Vaccination North-Western Provinces 1866-1877 - 1866-1877
Year: 1866
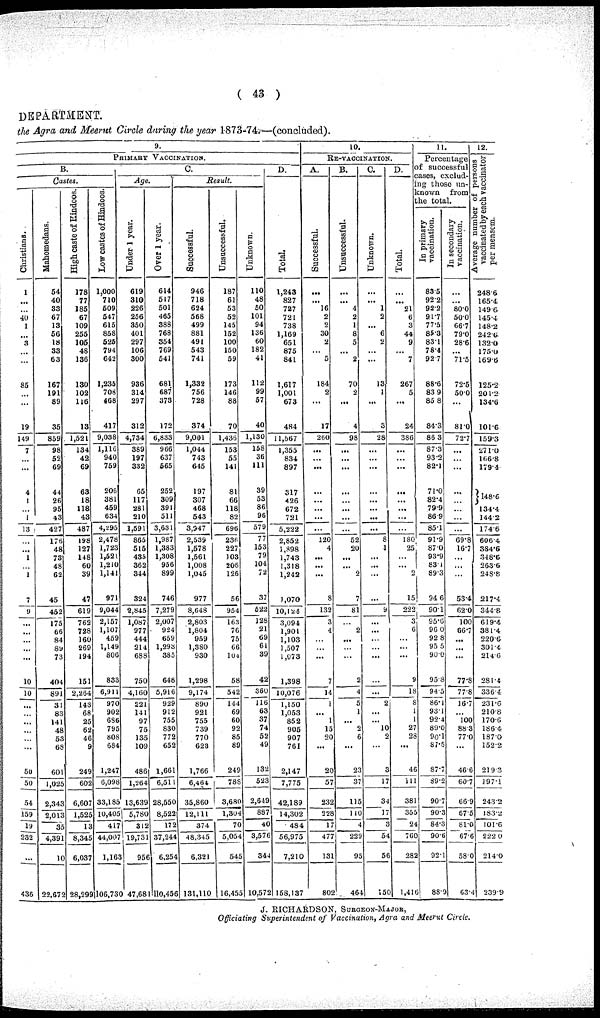
( 43 )
DEPARTMENT:
the Agra and Meerut Circle during the year 1873-74.—(concluded).
9.
PRIMARY VACCINATION.
B.
Castes.
Christians.
1
...
...
40
1
...
3
...
...
85
...
...
19
149
7
...
...
4
1
...
1
13
...
...
1
...
1
7
9
...
...
...
...
...
10
10
...
...
...
...
...
...
50
50
54
159
19
232
...
436
Mahomedans.
54
40
33
67
13
56
18
33
63
167
191
89
35
859
98
52
69
44
26
95
43
427
176
48
73
48
62
45
452
175
66
84
89
73
404
891
31
83
141
48
53
68
601
1,025
2,343
2,013
35
4,391
10
22,672
High caste of Hindoos.
178
77
185
67
109
255
105
48
136
130
102
116
13
1,521
134
42
69
68
18
118
43
487
198
127
148
60
39
47
619
762
728
160
269
194
151
2,264
143
68
25
62
46
9
249
602
6,607
1,525
13
8,345
6,037
28,299
Low castes of Hindoos.
1,000
710
509
547
615
858
525
794
642
1,235
708
468
417
9,038
1,116
940
759
206
381
459
634
4,295
2,478
1,723
1,521
1,210
1,141
971
9,044
2,157
1,107
459
1,149
806
833
6,911
970
902
686
795
808
684
1,247
6,098
33,185
10,405
417
44,007
1,163
106,730
C.
Age.
Under 1 year.
619
310
226
256
350
401
297
106
300
936
314
297
312
4,734
389
197
332
65
117
281
210
1,591
865
515
435
362
344
324
2,845
1,087
977
444
214
688
750
4,160
221
141
97
75
135
109
486
1,264
13,639
5,780
312
19,731
956
47,68
Over 1 year.
614
517
501
465
388
768
354
769
541
681
687
373
172
6,833
966
637
565
252
309
391
511
3,631
1,987
1,383
1,308
956
899
746
7,279
2,007
924
659
1,298
385
648
5,916
929
912
755
830
772
652
1,661
6,511
28,550
8,522
172
37,244
6,254
110,456
Result.
Successful.
946
718
624
568
499
881
491
543
741
1,332
756
728
374
9,001
1,044
743
645
197
307
468
543
3,947
2,539
1,578
1,561
1,008
1,045
977
8,648
2,803
1,804
959
1,380
930
1,298
9,174
890
921
755
739
770
623
1,766
6,464
35,860
12,111
374
48,345
6,321
131,110
Unsuccessful.
187
61
53
52
145
152
100
150
59
173
146
88
70
1,436
153
55
141
81
66
118
82
696
236
227
103
206
126
56
954
163
76
75
66
104
58
542
144
69
60
92
85
89
249
788
3,680
1,304
70
5,054
545
16,455
Unknown.
110
48
50
101
94
136
60
182
41
112
99
57
40
1,130
158
36
111
39
53
86
96
579
77
153
79
104
72
37
522
128
21
69
61
39
42
360
116
63
37
74
52
49
132
523
2,649
887
40
3,576
344
10,572
D.
Total.
1,243
827
727
721
738
1,169
651
875
841
1,617
1,001
673
484
11,567
1,355
834
897
317
426
672
721
5,222
2,852
1,898
1,743
1,318
1,242
1,070
10,124
3,094
1,901
1,103
1,507
1,073
1,398
10,076
1,150
1,053
852
905
907
761
2,147
7,775
42,189
14,302
484
56,975
7,210
158,137
10.
RE-VACCINATION.
A.
Successful.
...
... 16
2
2
30
2
... 5
184
2
...
17
260
...
...
...
...
...
...
...
...
120
4
...
...
...
8
132
3
4
...
...
...
7
14
1
... 1
15
20
...
20
57
232
228
17
477
131
802
B.
Unsuccessful.
...
... 4
2
1
8
5
... 2
70
2
...
4
98
...
...
...
...
...
...
...
...
52
20
...
... 2
7
81
...
2
...
...
...
2
4
5
1
... 2
6
...
23
37
115
110
4
229
95
464
C.
Unknown.
...
... 1
2
... 6
2
...
...
13
1
...
3
28
...
...
...
...
...
...
...
...
8
1
...
...
...
...
9
...
...
...
...
...
...
...
2
...
... 10
2
...
3
17
34
17
3
54
56
150
D.
Total.
...
...
21
6
3
44
9
...
7
267
5
...
24
386
...
...
...
...
...
...
...
...
180
25
...
... 2
15
222
3
6
...
...
...
9
18
8
1
1
27
28
...
46
111
381
355
24
760
282
1,416
11.
Percentage
of successful
cases, exclud-
ing those un-
known
from
the total.
In primary
vaccination.
83.5
92.2
92.2
91.7
77.5
85.3
83.1
78.4
92.7
88.6
83.9
85.8
84.3
86.3
87.3
93.2
82.1
71.0
82.4
79.9
86.9
85.1
91.9
87.0
93.9
83.1
89.3
94.6
90.1
95.6
96.0
92.8
95.5
90.0
95.8
94.5
86.1
93.1
92.4
89.0
90.1
87.5
87.7
89.2
90.7
90.3
84.3
90.6
92.1
88.9
In secondary
vaccination.
...
...
80.0
50.0
66.7
79.0
28.6
...
71.5
72.5
50.0
...
81.0
72.7
...
...
...
...
...
...
...
...
69.8
16.7
...
...
...
53.4
62.0
100
66.7
...
...
...
77.8
77.8
16.7
... 100
88.3
77.0
...
46.6
60.7
66.9
67.5
81.0
67.6
58.0
63.4
12.
Average number of persons
vaccinated by each vaccinator
per mensem.
248.6
165.4
149.6
145.4
148.2
242.6
132.0
175.0
169.6
125.2
201.2
134.6
101.6
159.3
271.0
166.8
179.4
148.6
134.4
144.2
174.6
606.4
384.6
348.6
263.6
248.8
217.4
344.8
619.4
381.4
220.6
301.4
214.6
281.4
336.4
231.6
210.8
170.6
186.4
187.0
152.2
219.3
197.1
243.2
183.2
101.6
222.0
214.0
239.9
J. RICHARDSON, SURGEON-MAJOR,
Officiating Superintendent of Vaccination, Agra and Meerut Circle.